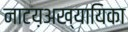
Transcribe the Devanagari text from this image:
नाटय़अख्यायिका